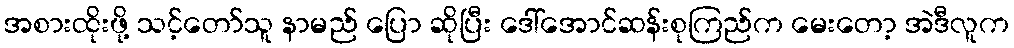
အစားထိုးဖို့ သင့်တော်သူ နာမည် ပြော ဆိုပြီး ဒေါ်အောင်ဆန်းစုကြည်က မေးတော့ အဲဒီလူက